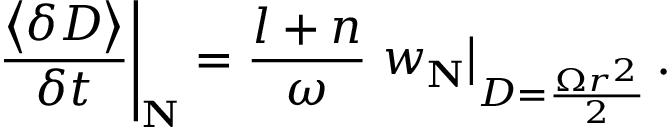
\left. \frac { \left\langle \delta D \right\rangle } { \delta t } \right| _ { \mathbf { N } } = \frac { l + n } { \omega } \left. w _ { \mathbf { N } } \right| _ { D = \frac { \Omega r ^ { 2 } } { 2 } } .